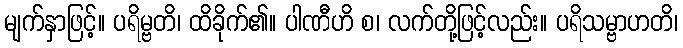
မျက်နှာဖြင့်။ ပရိမ္ဗတိ၊ ထိခိုက်၏။ ပါဏီဟိ စ၊ လက်တို့ဖြင့်လည်း။ ပရိသမ္ဗာဟတိ၊